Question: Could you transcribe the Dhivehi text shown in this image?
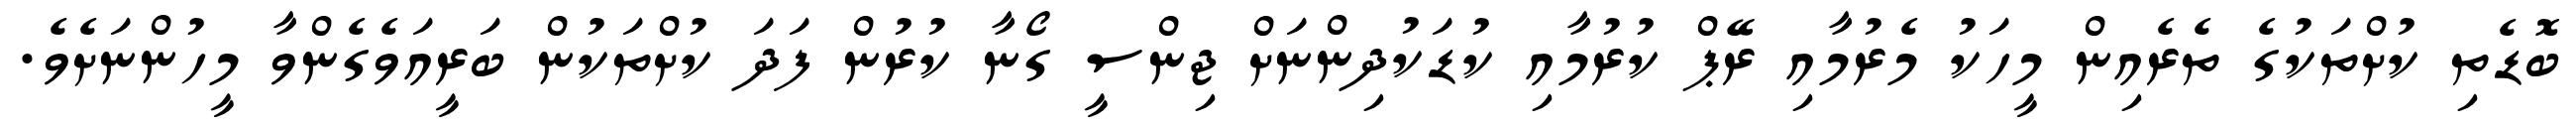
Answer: ބޮޑެތި ކުށްތަކުގެ ތެރެއިން މީހަކު މެރުމާއި ރޭޕް ކުރުމާއި ކުޑަކުދިންނަށް ޖިންސީ ގޯނާ ކުރުން ފަދަ ކުށްތަކުން ބަރީއަވެގެންވާ މީހުންނަށެވެ.